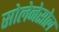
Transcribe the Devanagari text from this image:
सोलेनेसोल